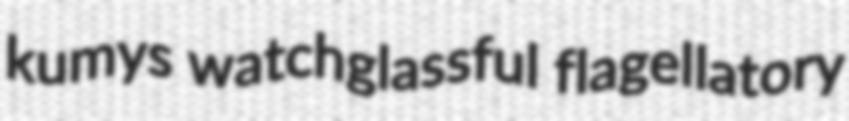
kumys watchglassful flagellatory